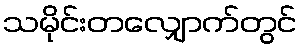
သမိုင်းတလျှောက်တွင်